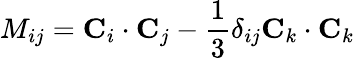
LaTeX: M_{ij}={\mathbf C}_{i}\cdot{\mathbf C}_{j}-{\frac{1}{3}}\delta_{ij}{\mathbf C}_{k}\cdot{\mathbf C}_{k}